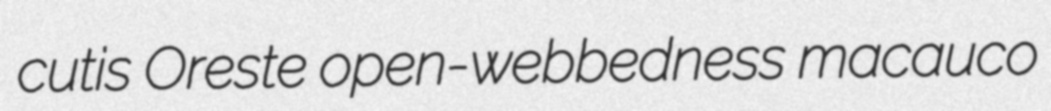
cutis Oreste open-webbedness macauco